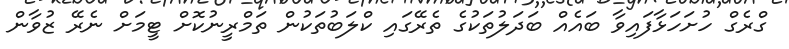
ގްރެގް ހުށަހަޅާފައިވާ ބައެއް ބަދަލުތަކުގެ ތެރޭގައި ކްލަބުތަކުން ތަމްރީނުކޮށް ޓީމަށް ނެރޭ ޒުވާން